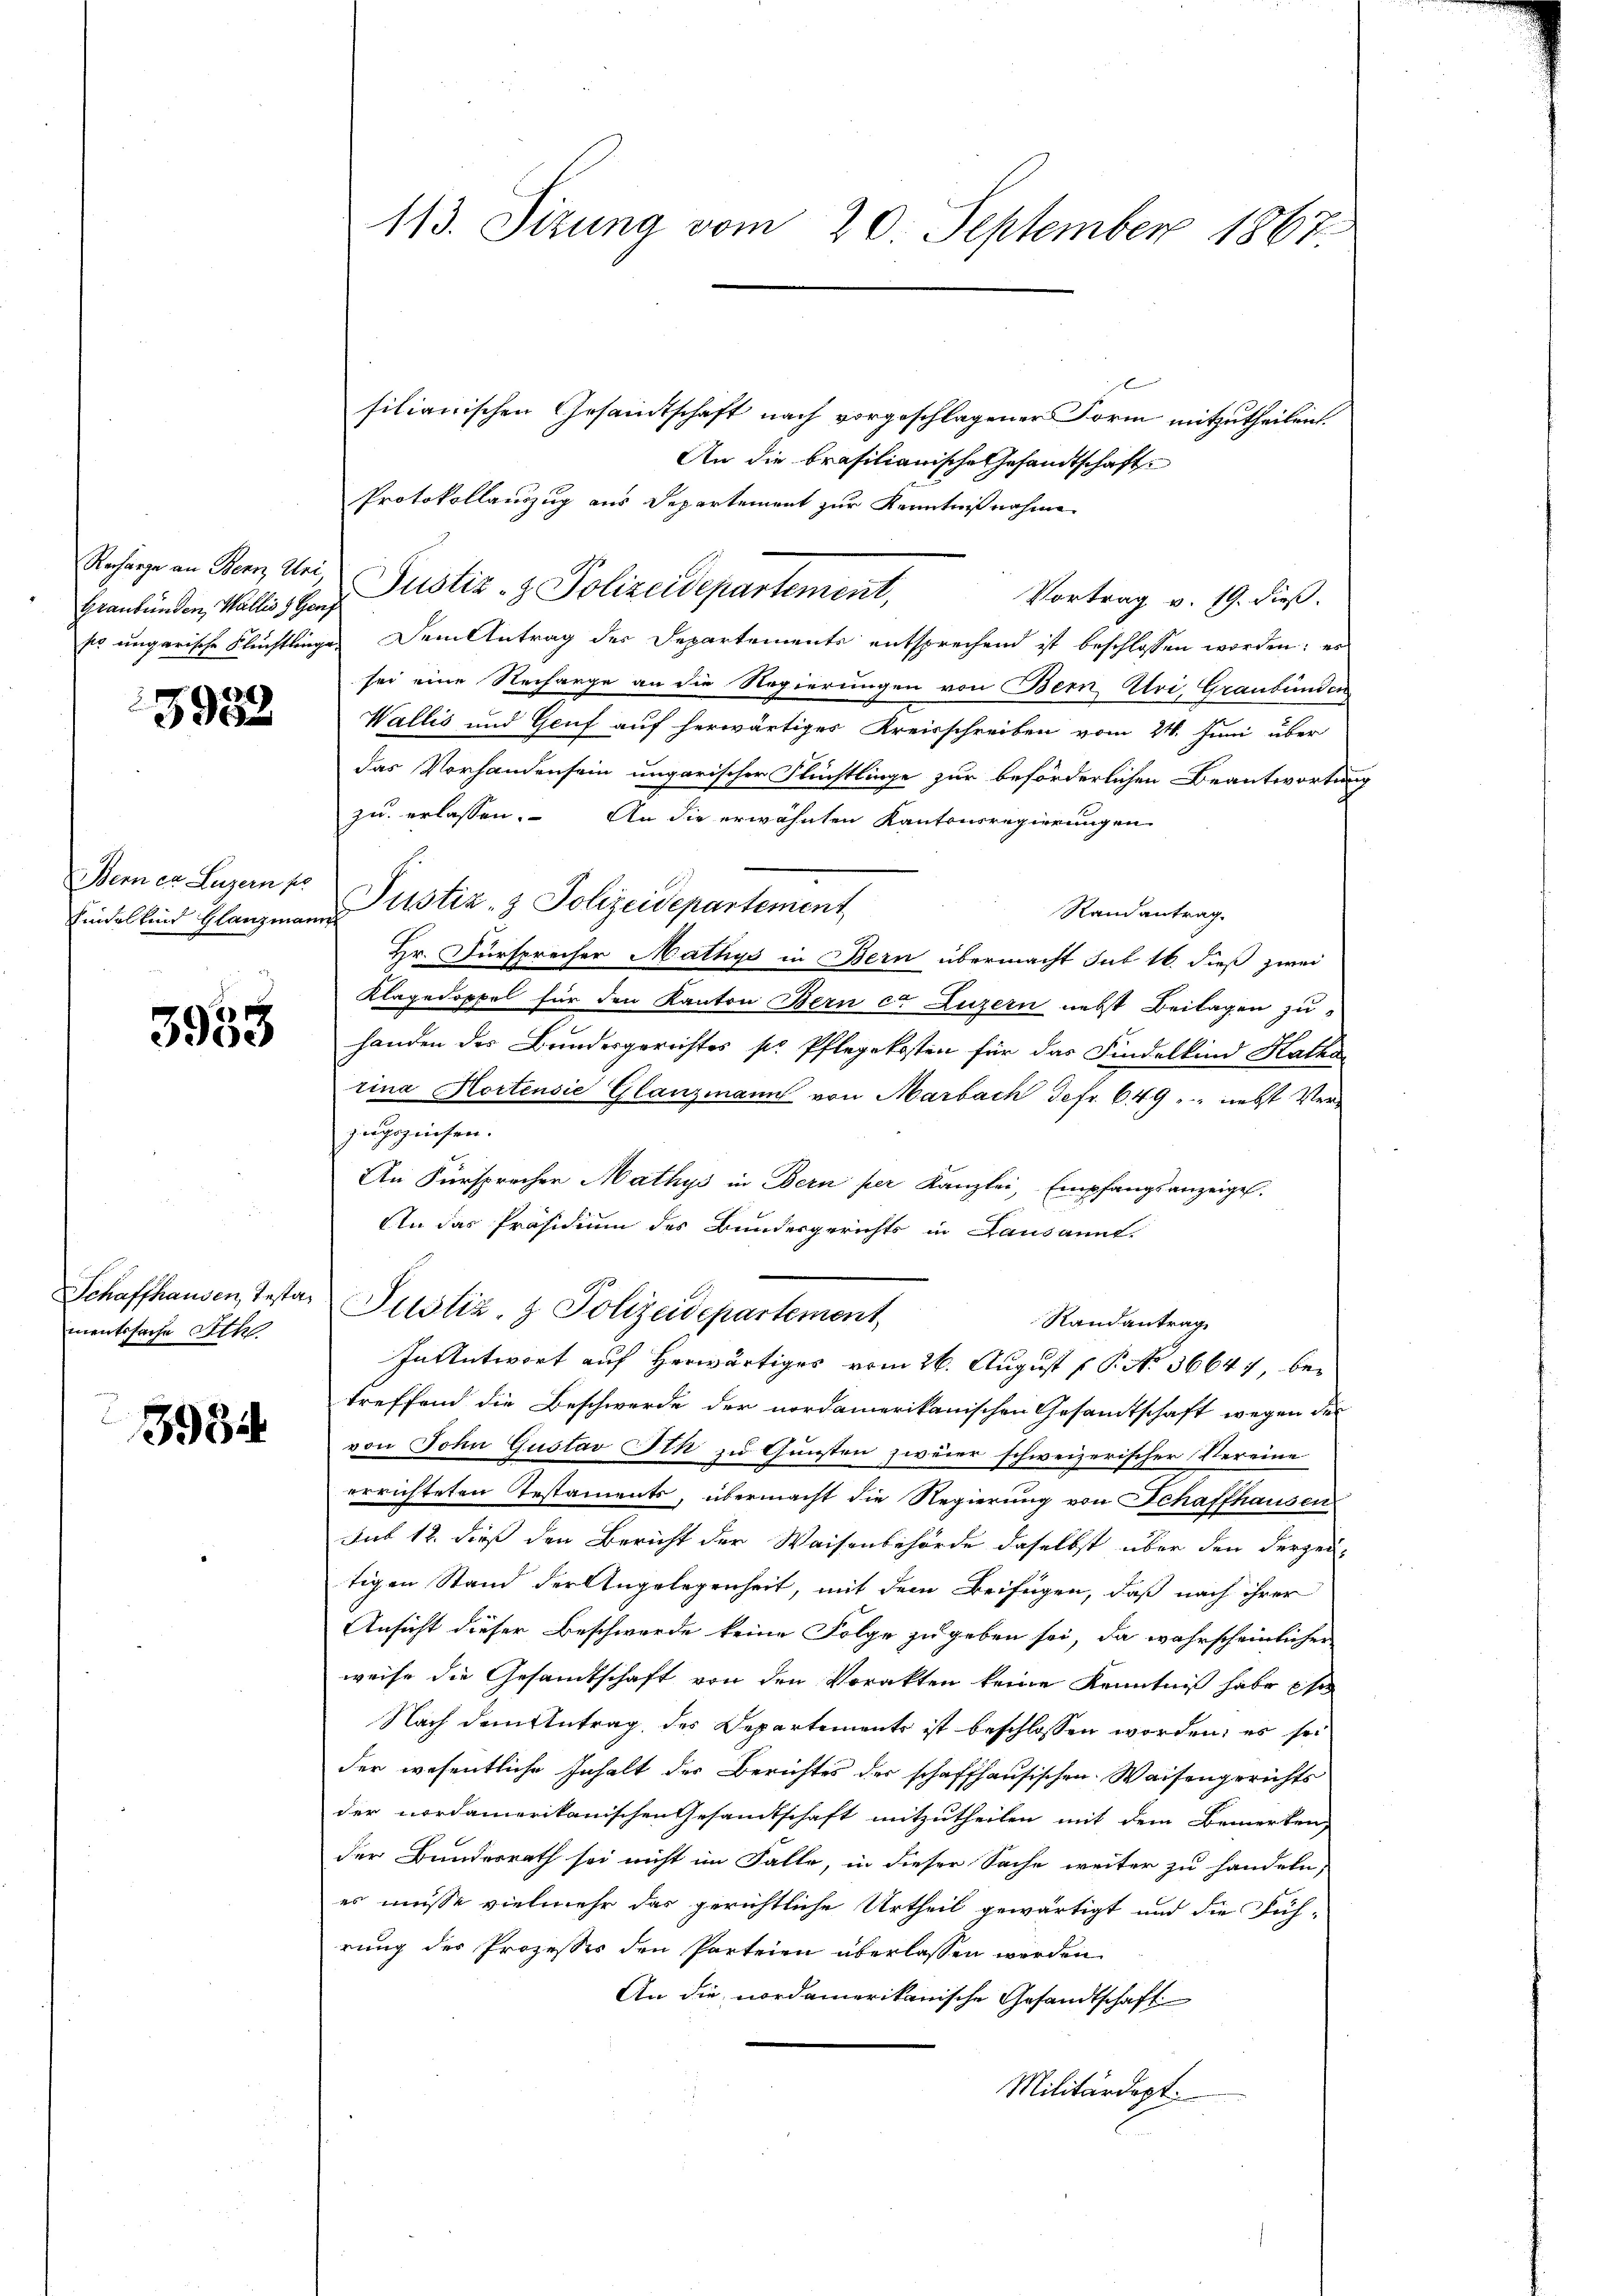
Graubünden, Wallis H. Genf

3958

Bern in Luzern po

3958

mentsfache Ath

3934

113. Sizung vom 20. September 1867

filianischen Gesamtschaft nach vorgeschlagener Form mitzutheilen.
An die brasilianische Gesandtschafte
Protokollauszug aus Departement zur Kenntnißnahme
Recharge an Bern, Uri, Pustiz- & Polizeidepartement,
Vortrag v. 19. dieß.
so ungarische Flüchtlinge. Dem Antrag der Departements entsprechend ist beschlossen worden; es
sei eine Recharge an die Regierungen von Bern Uri, Graubünden
Wallis und Genf auf herwärtiges Kreisschreiben vom 24. Juni über
das Vorhanden sein ungarischer Flüchtlinge zur beförderlichen Beantwortung
zu erlassen. An die erwähnten Kantonsregierungen
Randantrag.
Hr. Fürsprecher Mathys in Bern übermacht sub 16. dieß zwei
Klagedoppel für den Kanton Bern et Luzern nebst Beilagen zu-
handen des Bundesgerichtes so Pflegekosten für das Findelkind Katha
rina Hortensie Glanzmann von Marbach Sefr. 649 - nebst Verzugszinsen.
An Fürsprecher Mathys in Bern per Kanzlei, Empfangsanzeigel.
An das Präsidium des Bundesgerichts in Lausannt.
Schaffhausen, Testa Justiz- & Polizeidepartemont
Randantrag
In Antwort auf Herwärtiges vom 26. August [ P. No 36647, betreffend die Beschwerde der nordamerikanischen Gesamtschaft wegen des
von John Gustav Ith zu Gunsten zweier schweizerischer Vereine
errichteten Testaments, übermacht die Regierung von Schaffhausen
Sut 12. dieß den Bericht der Waisenbehörde daselbst über den derzeutigen Stand der Angelegenheit, mit dem Beifügen, daß nach ihrer
Ansicht dieser Beschwerde keine Folge zu geben sei, da wahrscheinlicher
weise die Gesandtschaft von den Vorakten keine Kenntniß habe phi
Nach dem Antrag des Departement ist beschlossen worden; es sei
der wesentliche Inhalt der Berichtes der schaffhausischen Waisengerichts
der nordamerikanischen Gesandtschaft mitzutheilen mit dem Bemerken,
der Bundesrath sei nicht im Falle, in dieser Sache weiter zu handeln,
es müsse vielmehr das gerichtliche Urtheil gewärtigt und die Füh-
rung des Prozesses den Parteien überlassen werden
An die nordamerikanische Gesandtschaft
Militärdept

findeltend Glanzmann Justiz- & Polizeidepartement